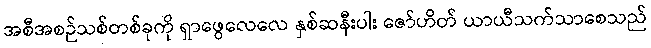
အစီအစဉ်သစ်တစ်ခုကို ရှာဖွေလေလေ နှစ်ဆနီးပါး ဇော်ဟိတ် ယာယီသက်သာစေသည်